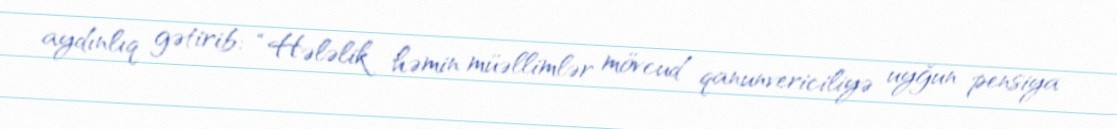
aydınlıq gətirib: “Hələlik həmin müəllimlər mövcud qanunvericiliyə uyğun pensiya